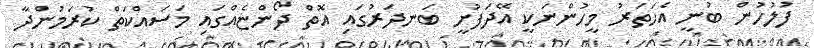
ފުލުހުން ބުނީ އެހަތަރު މީހުންނަކީ އޭދަފުށީ ބަނދަރުގައި އޮތް ދޯންޏެއްގައި މަސައްކަތް ކުރަމުންދާ